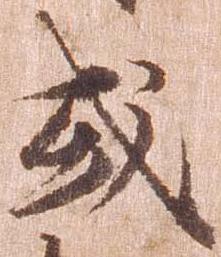
或